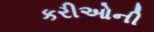
કરીઓની